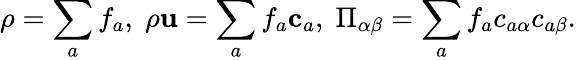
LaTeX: \rho=\sum_{a}f_{a},\; \rho\mathbf{u}=\sum_{a}f_{a}\mathbf{c}_{a},\; \Pi_{\alpha\beta}=\sum_{a}f_{a}c_{a\alpha}c_{a\beta}.